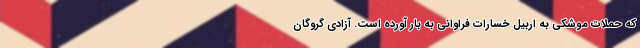
که حملات موشکی به اربیل خسارات فراوانی به بار آورده است. آزادی گروگان